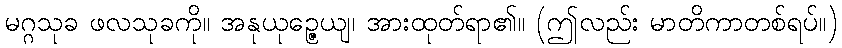
မဂ္ဂသုခ ဖလသုခကို။ အနုယုဉ္ဇေယျ၊ အားထုတ်ရာ၏။ (ဤလည်း မာတိကာတစ်ရပ်။)